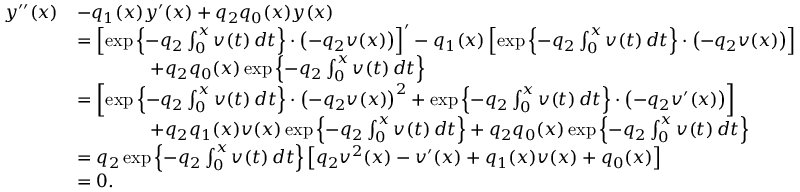
\begin{array} { r l } { y ^ { \prime \prime } ( x ) } & { - q _ { 1 } ( x ) y ^ { \prime } ( x ) + q _ { 2 } q _ { 0 } ( x ) y ( x ) } \\ & { = \left[ \exp \left\{ - q _ { 2 } \int _ { 0 } ^ { x } v ( t ) \, d t \right\} \cdot \left( - q _ { 2 } v ( x ) \right) \right] ^ { \prime } - q _ { 1 } ( x ) \left[ \exp \left\{ - q _ { 2 } \int _ { 0 } ^ { x } v ( t ) \, d t \right\} \cdot \left( - q _ { 2 } v ( x ) \right) \right] } \\ & { \qquad \qquad + q _ { 2 } q _ { 0 } ( x ) \exp \left\{ - q _ { 2 } \int _ { 0 } ^ { x } v ( t ) \, d t \right\} } \\ & { = \left[ \exp \left\{ - q _ { 2 } \int _ { 0 } ^ { x } v ( t ) \, d t \right\} \cdot \left( - q _ { 2 } v ( x ) \right) ^ { 2 } + \exp \left\{ - q _ { 2 } \int _ { 0 } ^ { x } v ( t ) \, d t \right\} \cdot \left( - q _ { 2 } v ^ { \prime } ( x ) \right) \right] } \\ & { \qquad \qquad + q _ { 2 } q _ { 1 } ( x ) v ( x ) \exp \left\{ - q _ { 2 } \int _ { 0 } ^ { x } v ( t ) \, d t \right\} + q _ { 2 } q _ { 0 } ( x ) \exp \left\{ - q _ { 2 } \int _ { 0 } ^ { x } v ( t ) \, d t \right\} } \\ & { = q _ { 2 } \exp \left\{ - q _ { 2 } \int _ { 0 } ^ { x } v ( t ) \, d t \right\} \left[ q _ { 2 } v ^ { 2 } ( x ) - v ^ { \prime } ( x ) + q _ { 1 } ( x ) v ( x ) + q _ { 0 } ( x ) \right] } \\ & { = 0 . } \end{array}